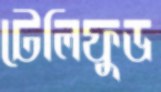
টেলিফুড